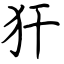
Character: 犴